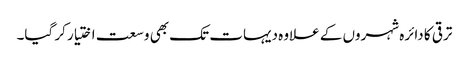
ترقی کا دائرہ شہروں کے علاوہ دیہات تک بھی وسعت اختیار کر گیا۔